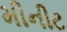
મીનીટ